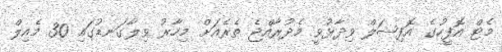
މެޓް އޮފީހުގެ އޮފިޝަލް ވިދާޅުވީ މެދުރާއްޖެ ތެރެއަށް މިހާރު ވިލާގަނޑުގައި 30 މެއިލް